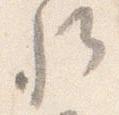
卿